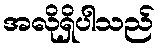
အလိုရှိပါသည်